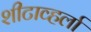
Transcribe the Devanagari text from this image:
शीटाव्हर्ला